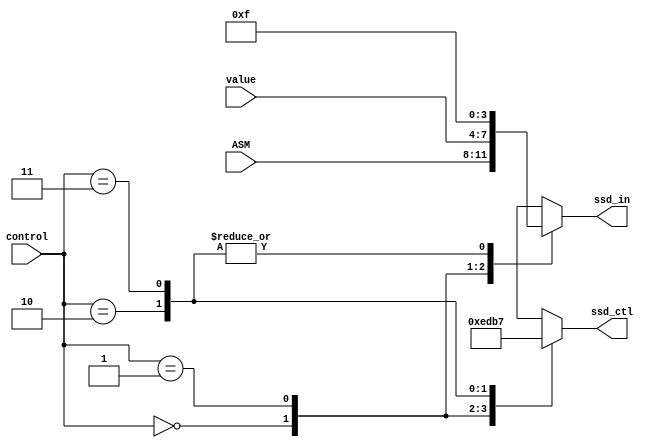
module scan(ssd_ctl, ssd_in, value, ASM, control);
    output reg [3:0] ssd_in;
    output reg [3:0] ssd_ctl;
    input [3:0]value;
    input [3:0]ASM;
    input [1:0] control;
    
    always@*
        case(control)
              2'b00:
                  begin
                      ssd_ctl = 4'b1110;
                      ssd_in = ASM;
                  end
              2'b01:
                  begin
                      ssd_ctl = 4'b1101;
                      ssd_in = value;
                  end
              2'b10:
                  begin
                      ssd_ctl = 4'b1011;
                      ssd_in = 4'd15;
                  end
              2'b11:
                  begin
                      ssd_ctl = 4'b0111;
                      ssd_in = 4'd15;
                  end
              default:
                  begin
                      ssd_ctl = 4'b1111;
                      ssd_in = 4'b1111;
                  end
      endcase
      
 endmodule